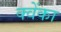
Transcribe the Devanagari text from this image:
क्वेंका